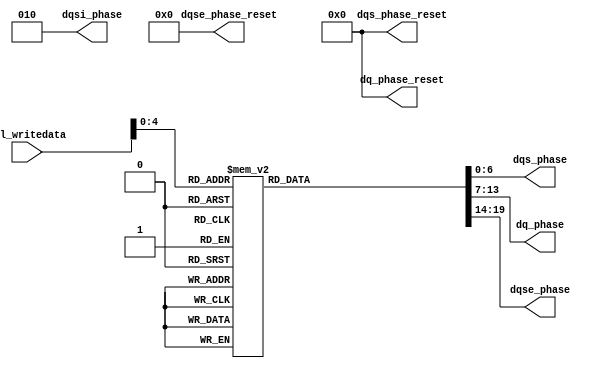
// (C) 2001-2011 Altera Corporation. All rights reserved.
// Your use of Altera Corporation's design tools, logic functions and other 
// software and tools, and its AMPP partner logic functions, and any output 
// files any of the foregoing (including device programming or simulation 
// files), and any associated documentation or information are expressly subject 
// to the terms and conditions of the Altera Program License Subscription 
// Agreement, Altera MegaCore Function License Agreement, or other applicable 
// license agreement, including, without limitation, that your use is for the 
// sole purpose of programming logic devices manufactured by Altera and sold by 
// Altera or its authorized distributors.  Please refer to the applicable 
// agreement for further details.


// altera message_off 10230
module sequencer_scc_sv_phase_decode
    # (parameter
    
    AVL_DATA_WIDTH          =   32,
    DLL_DELAY_CHAIN_LENGTH  =   6
        
    )
    (
    
    avl_writedata,

	dqsi_phase,	
    dqs_phase_reset,
    dqs_phase,	
    dq_phase_reset,
    dq_phase,	
    dqse_phase_reset,
    dqse_phase
    
);

	input [AVL_DATA_WIDTH - 1:0] avl_writedata;
	
	output [2:0] dqsi_phase;	
	output [6:0] dqs_phase_reset;
	output [6:0] dqs_phase;	
	output [6:0] dq_phase_reset;
	output [6:0] dq_phase;	
	output [5:0] dqse_phase_reset;
	output [5:0] dqse_phase;
	
	//USER phase decoding.

	reg [2:0] dqsi_phase;
	
	reg [6:0] dqs_phase_reset;
	reg [6:0] dqs_phase;
	
	reg [6:0] dq_phase_reset;
	reg [6:0] dq_phase;
	
	reg [5:0] dqse_phase_reset;
	reg [5:0] dqse_phase;

	//USER decode phases
	
	always @ (*) begin
		dqsi_phase = 0;
		
		dqs_phase_reset = 0;
		//dqs_phase = 0;
		
		dq_phase_reset = 0;
		//dq_phase = 0;
		
		dqse_phase_reset = 0;
		dqse_phase = 0;
		
		//USER DQSin = 90, DQS = 180, DQ = 90, DQSE = 90
			
		dqsi_phase = 3'b010;
		dqse_phase = 6'b001000;

		//USER DQS = 315, DQ = 225, DQSE = 225
		dqs_phase  = 7'b1110110;
		dq_phase   = 7'b0110100;
		dqse_phase = 6'b000110;

		case (avl_writedata[4:0])
		5'b00000: //USER DQS = 180, DQ = 90, DQSE = 90
			begin
				dqs_phase  = 7'b0010100;
				dq_phase   = 7'b1000100;
				dqse_phase = 6'b000010;
			end
		5'b00001: //USER DQS = 225, DQ = 135, DQSE = 135
			begin
				dqs_phase  = 7'b0110100;
				dq_phase   = 7'b1100100;
				dqse_phase = 6'b000011;
			end
		5'b00010: //USER DQS = 270, DQ = 180, DQSE = 180
			begin
				dqs_phase  = 7'b1010100;
				dq_phase   = 7'b0010100;
				dqse_phase = 6'b000100;
			end
		5'b00011: //USER DQS = 315, DQ = 225, DQSE = 225
			begin
				dqs_phase  = 7'b1110110;
				dq_phase   = 7'b0110100;
				dqse_phase = 6'b000101;
			end
		5'b00100: //USER DQS = 360, DQ = 270, DQSE = 270
			begin
				dqs_phase  = 7'b0000110;
				dq_phase   = 7'b1010100;
				dqse_phase = 6'b000110;
			end
		5'b00101: //USER DQS = 405, DQ = 315, DQSE = 315
			begin
				dqs_phase  = 7'b0100110;
				dq_phase   = 7'b1110110;
				dqse_phase = 6'b000111;
			end
		5'b00110: //USER DQS = 450, DQ = 360, DQSE = 360
			begin
				dqs_phase  = 7'b1000110;
				dq_phase   = 7'b0000110;
				dqse_phase = 6'b000000;
			end
		5'b00111: //USER DQS = 495, DQ = 405, DQSE = 405
			begin
				dqs_phase  = 7'b1100110;
				dq_phase   = 7'b0100110;
				dqse_phase = 6'b000000;
			end
		5'b01000: //USER DQS = 540, DQ = 450
			begin
				dqs_phase  = 7'b0010110;
				dq_phase   = 7'b1000110;
			end
		5'b01001: //USER DQS = 585, DQ = 495
			begin
				dqs_phase  = 7'b0110110;
				dq_phase   = 7'b1100110;
			end
		5'b01010: //USER DQS = 630, DQ = 540
			begin
				dqs_phase  = 7'b1010110;
				dq_phase   = 7'b0010110;
			end
		5'b01011: //USER DQS = 675, DQ = 585
			begin
				dqs_phase  = 7'b1111000;
				dq_phase   = 7'b0110110;
			end
		5'b01100: //USER DQS = 720, DQ = 630
			begin
				dqs_phase  = 7'b0001000;
				dq_phase   = 7'b1010110;
			end
		5'b01101: //USER DQS = 765, DQ = 675
			begin
				dqs_phase  = 7'b0101000;
				dq_phase   = 7'b1111000;
			end
		5'b01110: //USER DQS = 810, DQ = 720
			begin
				dqs_phase  = 7'b1001000;
				dq_phase   = 7'b0001000;
			end


		5'b01111: //USER DQS = 855, DQ = 765
			begin
				dqs_phase  = 7'b1101000;
				dq_phase   = 7'b0101000;
			end
		5'b10000: //USER DQS = 900, DQ = 810
			begin
				dqs_phase  = 7'b0011000;
				dq_phase   = 7'b1001000;
			end
		5'b10001: //USER DQS = 945, DQ = 855
			begin
				dqs_phase  = 7'b0111000;
				dq_phase   = 7'b1101000;
			end
		5'b10010: //USER DQS = 990, DQ = 900
			begin
				dqs_phase  = 7'b1011000;
				dq_phase   = 7'b0011000;
			end
		5'b10011: //USER DQS = 1035, DQ = 945
			begin
				dqs_phase  = 7'b1111010;
				dq_phase   = 7'b0111000;
			end
		5'b10100: //USER DQS = 1080, DQ = 990
			begin
				dqs_phase  = 7'b0001010;
				dq_phase   = 7'b1011000;
			end
		5'b10101: //USER DQS = 1125, DQ = 1035
			begin
				dqs_phase  = 7'b0101010;
				dq_phase   = 7'b1111010;
			end
		5'b10110: //USER DQS = 1170, DQ = 1080
			begin
				dqs_phase  = 7'b1001010;
				dq_phase   = 7'b0001010;
			end
		5'b10111: //USER DQS = 1215, DQ = 1125
			begin
				dqs_phase  = 7'b1101010;
				dq_phase   = 7'b0101010;
			end
		5'b11000: //USER DQS = 1260, DQ = 1170
			begin
				dqs_phase  = 7'b0011010;
				dq_phase   = 7'b1001010;
			end
		5'b11001: //USER DQS = 1305, DQ = 1215
			begin
				dqs_phase  = 7'b0111010;
				dq_phase   = 7'b1101010;
			end
		5'b11010: //USER DQS = 1350, DQ = 1260
			begin
				dqs_phase  = 7'b1011010;
				dq_phase   = 7'b0011010;
			end
		5'b11011: //USER DQS = 1395, DQ = 1305
			begin
				dqs_phase  = 7'b1111010;
				dq_phase   = 7'b0111010;
			end
		default : begin end
		endcase
	end

endmodule